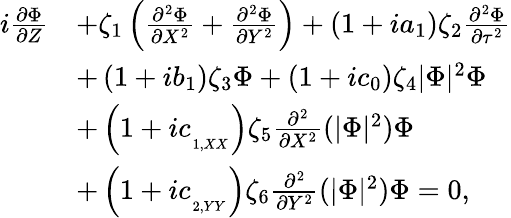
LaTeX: \begin{array}{rl}{i\frac{\partial\Phi}{\partial Z}}&{+\zeta_{1}\left(\frac{\partial^{2}\Phi}{\partial X^{2}}+\frac{\partial^{2}\Phi}{\partial Y^{2}}\right)+\left(1+ia_{1}\right)\zeta_{2}\frac{\partial^{2}\Phi}{\partial\tau^{2}}}\\ &{+\left(1+ib_{1}\right)\zeta_{3}\Phi+\left(1+ic_{0}\right)\zeta_{4}|\Phi|^{2}\Phi}\\ &{+\left(1+ic_{_{_{1,XX}}}\right)\zeta_{5}\frac{\partial^{2}}{\partial X^{2}}(|\Phi|^{2})\Phi}\\ &{+\left(1+ic_{_{_{2,YY}}}\right)\zeta_{6}\frac{\partial^{2}}{\partial Y^{2}}(|\Phi|^{2})\Phi=0,}\end{array}